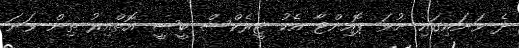
ދެ ވަނައިގައި ނުވަ ޕޮއިންޓާ އެކު ޓީރެކްސް ބީސީ އޮތްއިރު ތިން ވަނަ